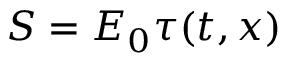
S = E _ { 0 } \tau ( t , x )